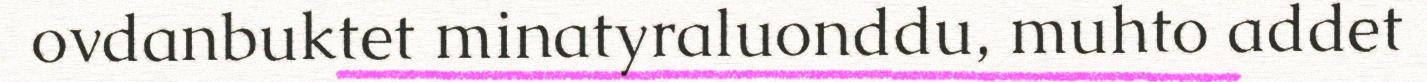
ovdanbuktet minatyraluonddu, muhto addet